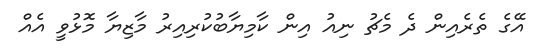
އޭގެ ތެރެއިން ދެ މެޗު ނިއު އިން ކާމިޔާބުކުރިއިރު މާޒިޔާ މޮޅުވީ އެއް